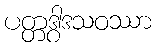
ပတ္တဒွါဒသဝဿာ